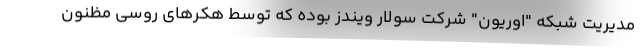
مدیریت شبکه "اوریون" شرکت سولار ویندز بوده که توسط هکرهای روسی مظنون